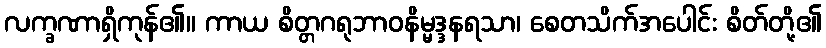
လက္ခဏာရှိကုန်၏။ ကာယ စိတ္တဂရုဘာဝနိမ္မဒ္ဒနရသာ၊ စေတသိက်အပေါင်း စိတ်တို့၏